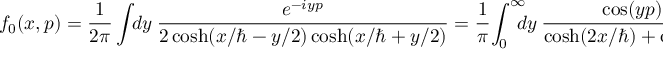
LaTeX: f _ { 0 } ( x , p ) = { \frac { 1 } { 2 \pi } } \int \! \! d y ~ { \frac { e ^ { - i y p } } { 2 \cosh ( x / \hbar - y / 2 ) \cosh ( x / \hbar + y / 2 ) } } = { \frac { 1 } { \pi } } \! \int _ { 0 } ^ { \infty } \! \! \! \! d y ~ { \frac { \cos ( y p ) } { \cosh ( 2 x / \hbar ) + \cosh ( y ) } }